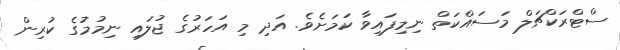
ސްޓްރަކްޗަލް މަސައްކަތް ނިމިފައިވާ ކަމަށެވެ. އަދި މި އަހަރުގެ ޖުލައި ނިމުމުގެ ކުރިން